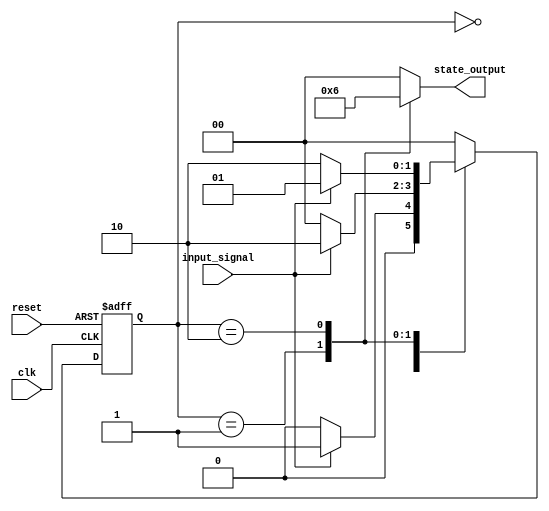
module moore_fsm (
    input wire clk,            // Clock input
    input wire reset,          // Asynchronous reset input
    input wire input_signal,    // Input signal for state transition
    output reg [1:0] state_output // Output based on the current state
);

    // Define state encoding
    parameter S0 = 2'b00; // State 0
    parameter S1 = 2'b01; // State 1
    parameter S2 = 2'b10; // State 2

    reg [1:0] current_state, next_state; // State storage

    // State Transition Logic (Combinational always block)
    always @(*) begin
        case (current_state)
            S0: begin
                if (input_signal)
                    next_state = S1; // Transition from S0 to S1
                else
                    next_state = S0; // Remain in S0
            end
            S1: begin
                if (input_signal)
                    next_state = S2; // Transition from S1 to S2
                else
                    next_state = S0; // Transition from S1 to S0
            end
            S2: begin
                if (input_signal)
                    next_state = S1; // Transition from S2 to S1
                else
                    next_state = S2; // Remain in S2
            end
            default: next_state = S0; // Default to S0
        endcase
    end

    // Output Logic (Combinational always block)
    always @(*) begin
        case (current_state)
            S0: state_output = 2'b00;
            S1: state_output = 2'b01;
            S2: state_output = 2'b10;
            default: state_output = 2'b00;
        endcase
    end

    // State Register Update (Sequential always block)
    always @(posedge clk or posedge reset) begin
        if (reset)
            current_state <= S0; // Asynchronous reset to initial state S0
        else
            current_state <= next_state; // Update state to next state
    end

endmodule